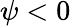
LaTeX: \psi<0